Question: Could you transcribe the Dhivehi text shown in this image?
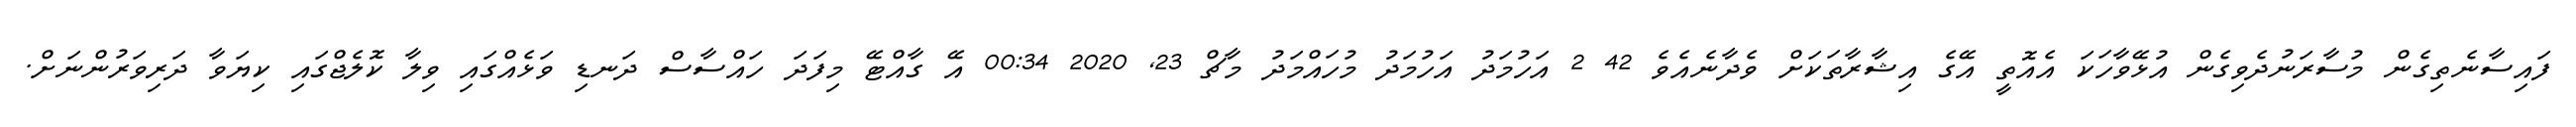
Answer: ފައިސާނެތިގެން މުސާރަނުދެވިގެން އުޅޭވާހަކަ އެއޮތީ އޭގެ އިޝާރާތަކަށް ވެދާނެއެވެ 42 2 އަހުމަދު އަހުމަދު މުހައްމަދު މާޗް 23, 2020 00:34 އޭ ގާއްޓޭ މިފަދަ ހައްސާސް ދަނޑި ވަޅެއްގައި ވިލާ ކޮލެޖްގައި ކިޔަވާ ދަރިވަރުންނަށް.